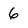
Character: 6